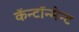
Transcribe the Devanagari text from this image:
कॅन्टॉन्मेन्ट